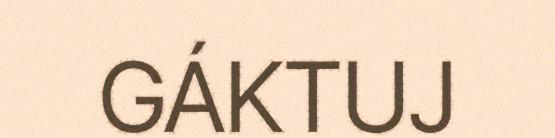
GÁKTUJ